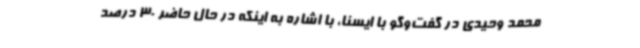
محمد وحیدی در گفت‌وگو با ایسنا، با اشاره به اینکه در حال حاضر 30 درصد